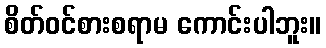
စိတ်ဝင်စားစရာမ ကောင်းပါဘူး။